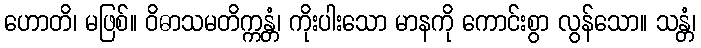
ဟောတိ၊ မဖြစ်။ ဝိဓာသမတိက္ကန္တံ၊ ကိုးပါးသော မာနကို ကောင်းစွာ လွန်သော။ သန္တံ၊